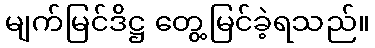
မျက်မြင်ဒိဋ္ဌ တွေ့မြင်ခဲ့ရသည်။